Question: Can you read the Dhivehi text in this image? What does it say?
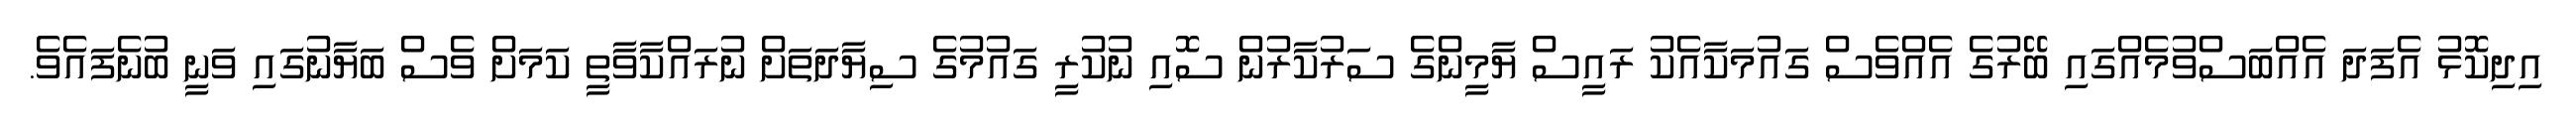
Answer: އިދިކޮޅު އެފަދަ އެއްބަސްވުމެއްގައި ބޭރުގެ އެއްވެސް ގައުމަކާއެކު ރައީސް ޔާމީންގެ ސަރުކާރުން ސޮއި ނުކުރީ ގައުމުގެ ސިޔާދަތަށް ނުރައްކާވާތީ ކަމަށް ވެސް ބަޔާނުގައި ވަނީ ބުނެފައެވެ.